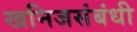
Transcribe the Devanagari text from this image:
खनिजसंबंधी